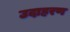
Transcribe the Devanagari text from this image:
उदाह्ररण